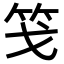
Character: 䇝